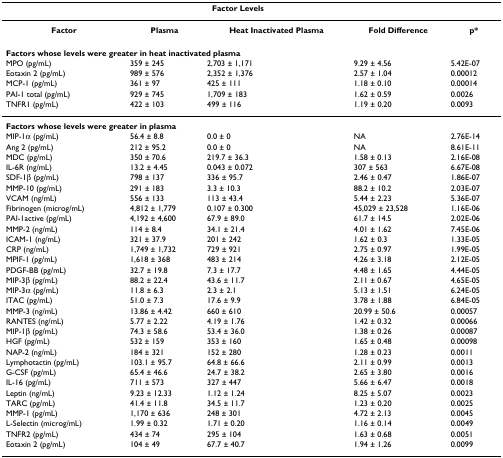
<table><thead><tr><td></td><td colspan="2"><b>Factor Levels</b></td><td></td><td></td></tr></thead><tbody><tr><td><b>Factor</b></td><td><b>Plasma</b></td><td><b>Heat Inactivated Plasma</b></td><td><b>Fold Difference</b></td><td><b>p*</b></td></tr><tr><td colspan="5"><b>Factors whose levels were greater in heat inactivated plasma</b></td></tr><tr><td>MPO (pg/mL)</td><td>359 ± 245</td><td>2,703 ± 1,171</td><td>9.29 ± 4.56</td><td>5.42E-07</td></tr><tr><td>Eotaxin 2 (pg/mL)</td><td>989 ± 576</td><td>2,352 ± 1,376</td><td>2.57 ± 1.04</td><td>0.00012</td></tr><tr><td>MCP-1 (pg/mL)</td><td>361 ± 97</td><td>425 ± 111</td><td>1.18 ± 0.10</td><td>0.00014</td></tr><tr><td>PAI-1 total (pg/mL)</td><td>929 ± 745</td><td>1,709 ± 183</td><td>1.62 ± 0.59</td><td>0.0026</td></tr><tr><td>TNFR1 (pg/mL)</td><td>422 ± 103</td><td>499 ± 116</td><td>1.19 ± 0.20</td><td>0.0093</td></tr><tr><td colspan="5"><b>Factors whose levels were greater in plasma</b></td></tr><tr><td>MIP-1α (pg/mL)</td><td>56.4 ± 8.8</td><td>0.0 ± 0</td><td>NA</td><td>2.76E-14</td></tr><tr><td>Ang 2 (pg/mL)</td><td>212 ± 95.2</td><td>0.0 ± 0</td><td>NA</td><td>8.61E-11</td></tr><tr><td>MDC (pg/mL)</td><td>350 ± 70.6</td><td>219.7 ± 36.3</td><td>1.58 ± 0.13</td><td>2.16E-08</td></tr><tr><td>IL-6R (ng/mL)</td><td>13.2 ± 4.45</td><td>0.043 ± 0.072</td><td>307 ± 563</td><td>6.67E-08</td></tr><tr><td>SDF-1β (pg/mL)</td><td>798 ± 137</td><td>336 ± 95.7</td><td>2.46 ± 0.47</td><td>1.86E-07</td></tr><tr><td>MMP-10 (pg/mL)</td><td>291 ± 183</td><td>3.3 ± 10.3</td><td>88.2 ± 10.2</td><td>2.03E-07</td></tr><tr><td>VCAM (ng/mL)</td><td>556 ± 133</td><td>113 ± 43.4</td><td>5.44 ± 2.23</td><td>5.36E-07</td></tr><tr><td>Fibrinogen (microg/mL)</td><td>4,812 ± 1,779</td><td>0.107 ± 0.300</td><td>45,029 ± 23,528</td><td>1.16E-06</td></tr><tr><td>PAI-1active (pg/mL)</td><td>4,192 ± 4,600</td><td>67.9 ± 89.0</td><td>61.7 ± 14.5</td><td>2.02E-06</td></tr><tr><td>MMP-2 (ng/mL)</td><td>114 ± 8.4</td><td>34.1 ± 21.4</td><td>4.01 ± 1.62</td><td>7.45E-06</td></tr><tr><td>ICAM-1 (ng/mL)</td><td>321 ± 37.9</td><td>201 ± 242</td><td>1.62 ± 0.3</td><td>1.33E-05</td></tr><tr><td>CRP (ng/mL)</td><td>1,749 ± 1,732</td><td>729 ± 921</td><td>2.75 ± 0.97</td><td>1.99E-05</td></tr><tr><td>MPIF-1 (pg/mL)</td><td>1,618 ± 368</td><td>483 ± 214</td><td>4.26 ± 3.18</td><td>2.12E-05</td></tr><tr><td>PDGF-BB (pg/mL)</td><td>32.7 ± 19.8</td><td>7.3 ± 17.7</td><td>4.48 ± 1.65</td><td>4.44E-05</td></tr><tr><td>MIP-3β (pg/mL)</td><td>88.2 ± 22.4</td><td>43.6 ± 11.7</td><td>2.11 ± 0.67</td><td>4.65E-05</td></tr><tr><td>MIP-3α (pg/mL)</td><td>11.8 ± 6.3</td><td>2.3 ± 2.1</td><td>5.13 ± 1.51</td><td>6.24E-05</td></tr><tr><td>ITAC (pg/mL)</td><td>51.0 ± 7.3</td><td>17.6 ± 9.9</td><td>3.78 ± 1.88</td><td>6.84E-05</td></tr><tr><td>MMP-3 (ng/mL)</td><td>13.86 ± 4.42</td><td>660 ± 610</td><td>20.99 ± 50.6</td><td>0.00057</td></tr><tr><td>RANTES (ng/mL)</td><td>5.77 ± 2.22</td><td>4.19 ± 1.76</td><td>1.42 ± 0.32</td><td>0.00066</td></tr><tr><td>MIP-1β (pg/mL)</td><td>74.3 ± 58.6</td><td>53.4 ± 36.0</td><td>1.38 ± 0.26</td><td>0.00087</td></tr><tr><td>HGF (pg/mL)</td><td>532 ± 159</td><td>353 ± 160</td><td>1.65 ± 0.48</td><td>0.00098</td></tr><tr><td>NAP-2 (ng/mL)</td><td>184 ± 321</td><td>152 ± 280</td><td>1.28 ± 0.23</td><td>0.0011</td></tr><tr><td>Lymphotactin (pg/mL)</td><td>103.1 ± 95.7</td><td>64.8 ± 66.6</td><td>2.11 ± 0.99</td><td>0.0013</td></tr><tr><td>G-CSF (pg/mL)</td><td>65.4 ± 46.6</td><td>24.7 ± 38.2</td><td>2.65 ± 3.80</td><td>0.0016</td></tr><tr><td>IL-16 (pg/mL)</td><td>711 ± 573</td><td>327 ± 447</td><td>5.66 ± 6.47</td><td>0.0018</td></tr><tr><td>Leptin (ng/mL)</td><td>9.23 ± 12.33</td><td>1.12 ± 1.24</td><td>8.25 ± 5.07</td><td>0.0023</td></tr><tr><td>TARC (pg/mL)</td><td>41.4 ± 11.8</td><td>34.5 ± 11.7</td><td>1.23 ± 0.20</td><td>0.0025</td></tr><tr><td>MMP-1 (pg/mL)</td><td>1,170 ± 636</td><td>248 ± 301</td><td>4.72 ± 2.13</td><td>0.0045</td></tr><tr><td>L-Selectin (microg/mL)</td><td>1.99 ± 0.32</td><td>1.71 ± 0.20</td><td>1.16 ± 0.14</td><td>0.0049</td></tr><tr><td>TNFR2 (pg/mL)</td><td>434 ± 74</td><td>295 ± 104</td><td>1.63 ± 0.68</td><td>0.0051</td></tr><tr><td>Eotaxin 2 (pg/mL)</td><td>104 ± 49</td><td>67.7 ± 40.7</td><td>1.94 ± 1.26</td><td>0.0099</td></tr></tbody></table>